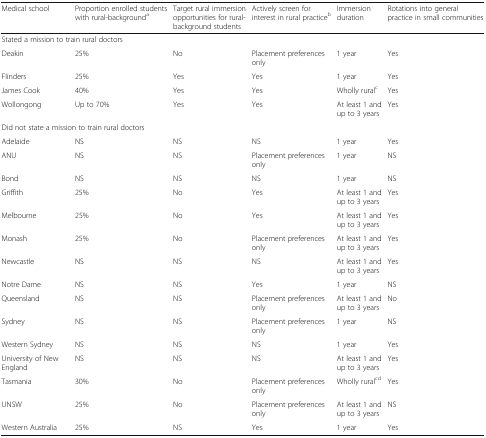
<table><thead><tr><td><b>Medical school</b></td><td><b>Proportion enrolled students with rural-background<sup>a</sup></b></td><td><b>Target rural immersion opportunities for rural-background students</b></td><td><b>Actively screen for interest in rural practice<sup>b</sup></b></td><td><b>Immersion duration</b></td><td><b>Rotations into general practice in small communities</b></td></tr></thead><tbody><tr><td colspan="6">Stated a mission to train rural doctors</td></tr><tr><td>Deakin</td><td>25%</td><td>No</td><td>Placement preferences only</td><td>1 year</td><td>Yes</td></tr><tr><td>Flinders</td><td>25%</td><td>Yes</td><td>Yes</td><td>1 year</td><td>Yes</td></tr><tr><td>James Cook</td><td>40%</td><td>Yes</td><td>Yes</td><td>Wholly rural<sup>c</sup></td><td>Yes</td></tr><tr><td>Wollongong</td><td>Up to 70%</td><td>Yes</td><td>Yes</td><td>At least 1 and up to 3 years</td><td>Yes</td></tr><tr><td colspan="6">Did not state a mission to train rural doctors</td></tr><tr><td>Adelaide</td><td>NS</td><td>NS</td><td>NS</td><td>1 year</td><td>Yes</td></tr><tr><td>ANU</td><td>NS</td><td>NS</td><td>Placement preferences only</td><td>1 year</td><td>NS</td></tr><tr><td>Bond</td><td>NS</td><td>NS</td><td>NS</td><td>1 year</td><td>NS</td></tr><tr><td>Griffith</td><td>25%</td><td>No</td><td>Yes</td><td>At least 1 and up to 3 years</td><td>Yes</td></tr><tr><td>Melbourne</td><td>25%</td><td>No</td><td>Yes</td><td>At least 1 and up to 3 years</td><td>Yes</td></tr><tr><td>Monash</td><td>25%</td><td>No</td><td>Placement preferences only</td><td>At least 1 and up to 3 years</td><td>Yes</td></tr><tr><td>Newcastle</td><td>NS</td><td>NS</td><td>NS</td><td>At least 1 and up to 3 years</td><td>Yes</td></tr><tr><td>Notre Dame</td><td>NS</td><td>NS</td><td>Yes</td><td>1 year</td><td>NS</td></tr><tr><td>Queensland</td><td>NS</td><td>NS</td><td>Placement preferences only</td><td>At least 1 and up to 3 years</td><td>No</td></tr><tr><td>Sydney</td><td>NS</td><td>NS</td><td>Placement preferences only</td><td>1 year</td><td>NS</td></tr><tr><td>Western Sydney</td><td>NS</td><td>NS</td><td>NS</td><td>1 year</td><td>Yes</td></tr><tr><td>University of New England</td><td>NS</td><td>NS</td><td>NS</td><td>At least 1 and up to 3 years</td><td>Yes</td></tr><tr><td>Tasmania</td><td>30%</td><td>No</td><td>Placement preferences only</td><td>Wholly rural<sup>c</sup><sup>d</sup></td><td>Yes</td></tr><tr><td>UNSW</td><td>25%</td><td>No</td><td>Placement preferences only</td><td>At least 1 and up to 3 years</td><td>NS</td></tr><tr><td>Western Australia</td><td>25%</td><td>NS</td><td>Yes</td><td>1 year</td><td>Yes</td></tr></tbody></table>